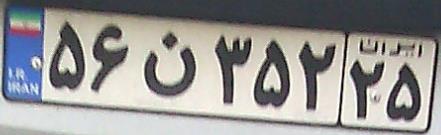
۵۶ن۳۵۲۲۵